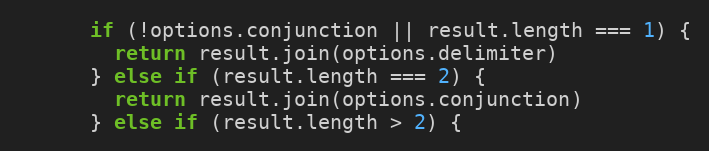
Language: JavaScript
      if (!options.conjunction || result.length === 1) {
        return result.join(options.delimiter)
      } else if (result.length === 2) {
        return result.join(options.conjunction)
      } else if (result.length > 2) {